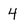
Character: 4